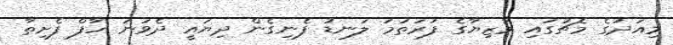
މިއަދުގެ މެޗުގައި މާޒިޔާގެ ފުރަތަމަ ލަނޑު ފެނިގެން ދިޔައީ ދެވަނަ ހާފް ފެށިތާ